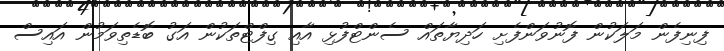
ފިނިފެން މަލަކުން ފޮނުވަންފެށި ހަދިޔާތައް ސެންޓްފުޅި އާއި ގިފްޓްތަކުން އަގު ބޮޑެތިވަމުން އައިސް